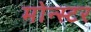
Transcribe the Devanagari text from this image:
मोन्स्टर